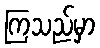
ကြသည်မှာ